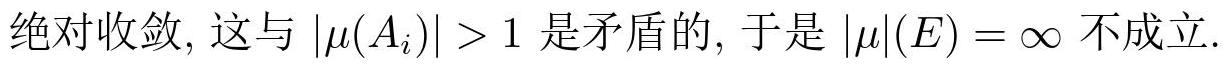
绝对收敛, 这与 $|\mu(A_{i})|>1$ 是矛盾的, 于是 $|\mu|(E)=\infty$ 不成立.